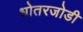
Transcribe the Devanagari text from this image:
धोतरजोडी